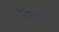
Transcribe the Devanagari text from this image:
निदानावर